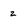
Character: 2